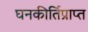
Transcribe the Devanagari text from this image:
घनकीर्तिप्राप्त